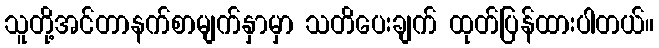
သူတို့အင်တာနက်စာမျက်နှာမှာ သတိပေးချက် ထုတ်ပြန်ထားပါတယ်။